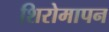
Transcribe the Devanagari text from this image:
शिरोमापन